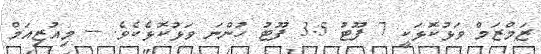
ޒަމްޒަމް ވަޅުކޮޅަކީ 7 ފޫޓު 3.5 ފޫޓު ހުންނަ ވަޅުކޮޅެކެވެ. -- މިއުޒިއަމް